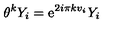
\theta ^ { k } Y _ { i } = \mathrm { e } ^ { 2 i \pi k v _ { i } } Y _ { i }